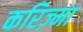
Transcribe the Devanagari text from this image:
करिज़्मा